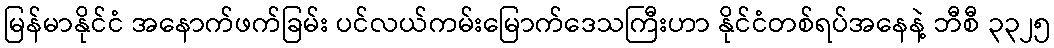
မြန်မာနိုင်ငံ အနောက်ဖက်ခြမ်း ပင်လယ်ကမ်းမြောက်ဒေသကြီးဟာ နိုင်ငံတစ်ရပ်အနေနဲ့ ဘီစီ ၃၃၂၅